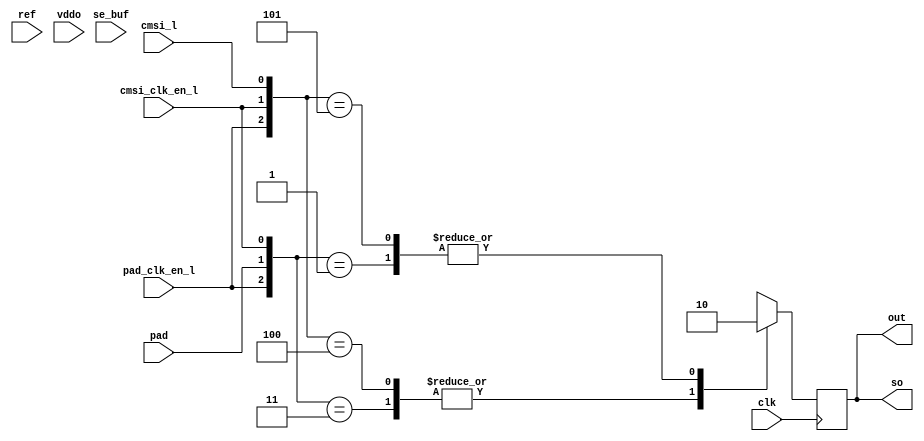
module bw_io_dtlhstl_rcv (
  out, so, 
  pad, ref, clk, pad_clk_en_l, cmsi_clk_en_l, cmsi_l, se_buf, vddo
  );
  input		pad;
  input 	ref;
  input		clk;
  input		pad_clk_en_l;
  input		cmsi_clk_en_l;
  input		cmsi_l;
  input		se_buf;
  input		vddo;
  output	out;
  output	so;
  assign so = out;
  wire net0281 = se_buf; 
  reg out;
  always @(posedge clk) begin
    casex ({ pad_clk_en_l, pad, cmsi_clk_en_l, cmsi_l })
      4'b001x: out <= 1'b0;
      4'b011x: out <= 1'b1;
      4'b1x00: out <= 1'b1;
      4'b1x01: out <= 1'b0;
      default: out <= 1'bx;
      endcase
    end
  endmodule